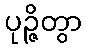
ပုဉ္ဇိတွာ